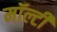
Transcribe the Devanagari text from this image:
मॉल्टी